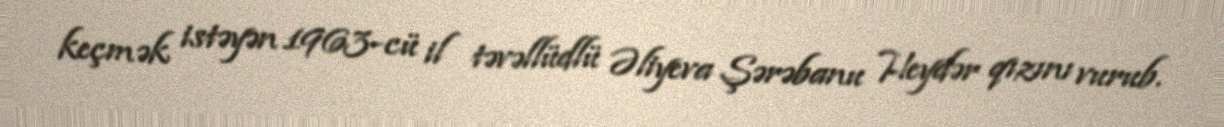
keçmək istəyən 1963-cü il təvəllüdlü Əliyeva Şərəbanu Heydər qızını vurub.